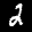
Label: 2